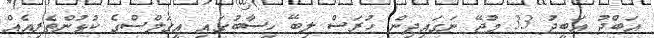
އަބްދު އަބީދު 33 މުޖޭ ނަގައިދިން ހުރަސް ލިބޭ ހިސާބުގައި އީގަލްސްގެ ކުޅުންތެރިއެއް